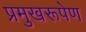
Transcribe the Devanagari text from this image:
प्रमुखरूपेण